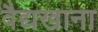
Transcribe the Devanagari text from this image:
वैद्यखाना